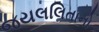
જયલલિતાનો